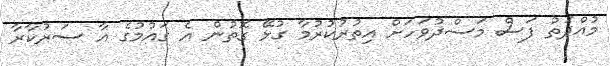
މުއްދަތު ފަސް މަސްދުވަހަށް އިތުރުކުރުމާ ގުޅޭ ގޮތުން އެ ގައުމުގެ އާ ސަރުކާރާ